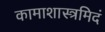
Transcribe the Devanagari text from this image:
कामाशास्त्रमिदं